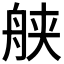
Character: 𱼹